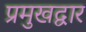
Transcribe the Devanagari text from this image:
प्रमुखद्वार